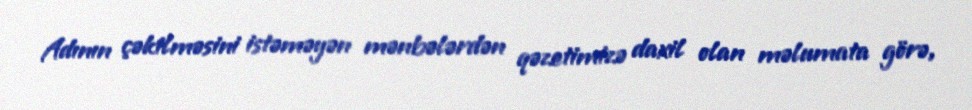
Adının çəkilməsini istəməyən mənbələrdən qəzetimizə daxil olan məlumata görə,